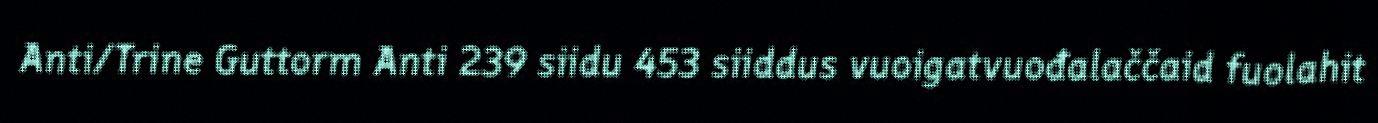
Anti/Trine Guttorm Anti 239 siidu 453 siiddus vuoigatvuođalaččaid fuolahit